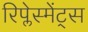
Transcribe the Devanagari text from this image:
रिप्लेस्मेंट्स